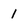
Character: 1